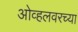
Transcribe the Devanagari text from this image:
ओव्हलवरच्या